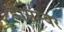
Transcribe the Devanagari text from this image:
डीसम्बर